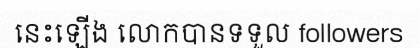
នេះឡើង លោកបានទទួល followers